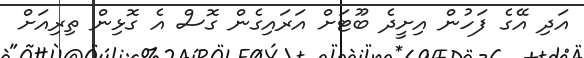
އަދި އޭގެ ފަހުން އިށީދެ ބޫޓަށް އަރައިގެން ގޮސް އެ ގޮޅިން ތިރިއަށް